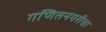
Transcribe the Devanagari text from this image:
गणितनगरीचा